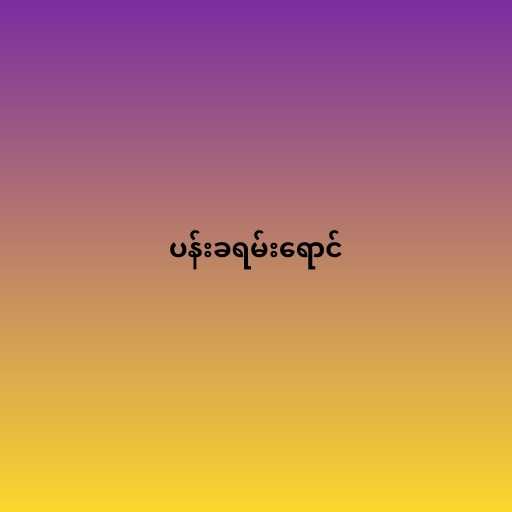
ပန်းခရမ်းရောင်